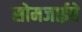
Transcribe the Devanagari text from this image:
सोमजाईचे